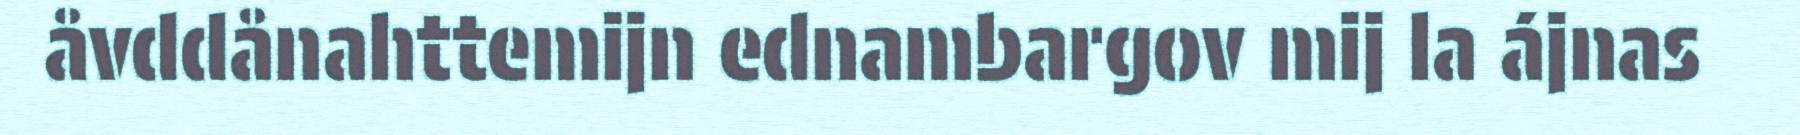
åvddånahttemijn ednambargov mij la ájnas